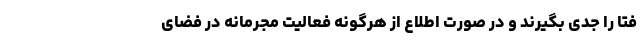
فتا را جدی بگیرند و در صورت اطلاع از هرگونه فعالیت مجرمانه در فضای